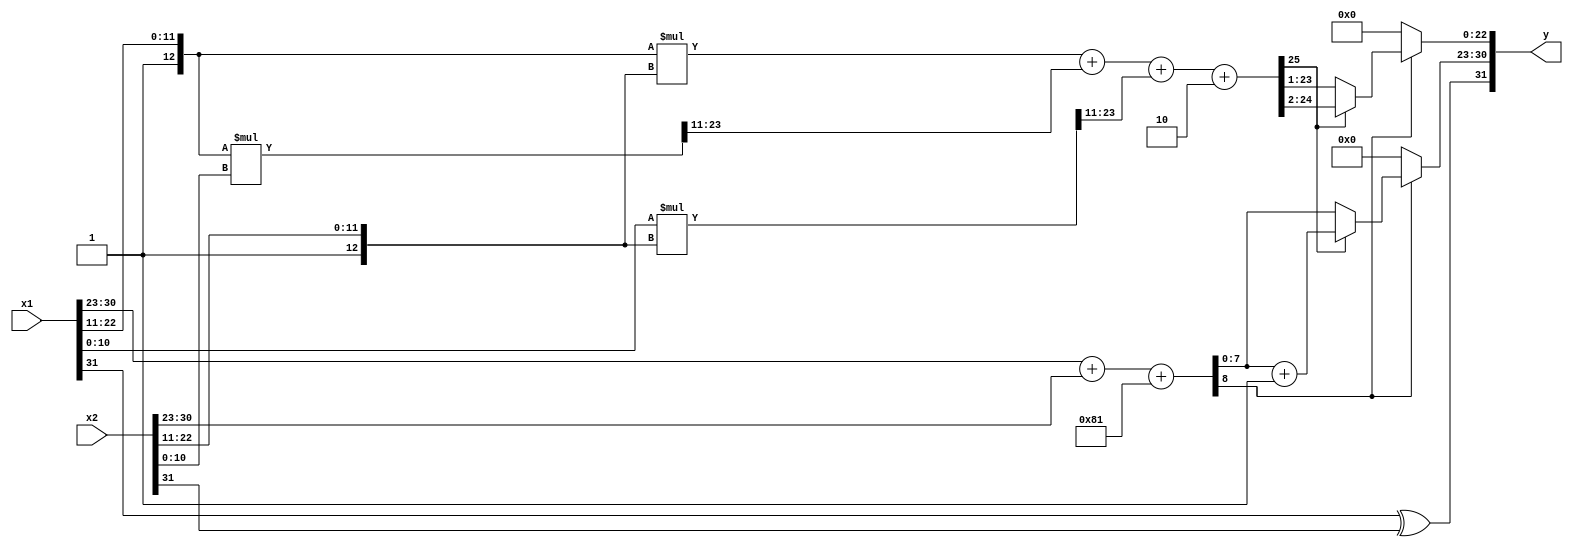
`default_nettype none
`timescale 10ps / 1ps

module fmul (
    input wire [31:0] x1, 
    input wire [31:0] x2,
    output wire [31:0] y);

    // Wires and Registers
    // Stage 1
    // Stage 1-0 (step 1) : Mantissa 23 bit -> High bit (12 bit) + Low bit (11 bit)
    wire s1;
    wire [7:0] e1;
    wire [22:0] m1;
    wire [11:0] stingy_h1;
    wire [10:0] l1;
    wire s2;
    wire [7:0] e2;
    wire [22:0] m2;
    wire [11:0] stingy_h2;
    wire [10:0] l2;
    // Stage 1-1 (step 2) : Calculate HH, HL, LH
    wire [12:0] h1;
    wire [12:0] h2;
    wire [25:0] hh;
    wire [25:0] hl;
    wire [25:0] lh;
    // Stage 1-2 (step 5) : Calculate exp1+exp2+129
    wire [8:0] e3;
    // Stage 1-3 (step 5) : XOR sign bits
    wire s3;

    // Stage 2
    // Stage 2-1 (step 3) : Calculate HH + (HL >> 11) + (LH >> 11) + 2
    wire [25:0] m3;
    // Stage 2-2 : Calculate exponent + 1
    wire [8:0] e4;
    // Stage 3
    // Stage 3-1 : check underflow bit and MSB to select exponent
    wire [7:0] e5;
    // Stage 3-2 (step 4) : normalize mantissa
    wire [22:0] m4;

    // Implementation
    // Stage 1
    // Stage 1-0 (step 1) : Mantissa 23 bit -> High bit (12 bit) + Low bit (11 bit)
    assign s1 = x1[31];
    assign e1 = x1[30:23];
    assign m1 = x1[22:0];
    assign stingy_h1 = x1[22:11];
    assign l1 = x1[10:0];
    assign s2 = x2[31];
    assign e2 = x2[30:23];
    assign m2 = x2[22:0];
    assign stingy_h2 = x2[22:11];
    assign l2 = x2[10:0];
    // Stage 1-1 (step 2) : Calculate HH, HL, LH
    assign h1 = {1'b1,stingy_h1};
    assign h2 = {1'b1,stingy_h2};
    assign hh = h1*h2;
    assign hl = h1*l2;
    assign lh = l1*h2;
    // Stage 1-2 (step 5) : Calculate exp1+exp2+129
    assign e3 = e1+e2+129;
    // Stage 1-3 (step 5) : XOR sign bits
    assign s3 = s1^s2;

    // Stage 2
    // Stage 2-1 (step 3) : Calculate HH + (HL >> 11) + (LH >> 11) + 2
    assign m3 = hh + (hl>>11) + (lh>>11) + 26'd2;
    // Stage 2-2 : Calculate exponent + 1
    assign e4 = e3+1;

    // Stage 3
    // Stage 3-1 : check underflow bit and MSB to select exponent
    assign e5 = (e3[8] == 0) ? 8'b0 : (m3[25] == 1) ? e4[7:0] : e3[7:0];
    // Stage 3-2 (step 4) : normalize mantissa
    assign m4 = (e3[8] == 0) ? 23'b0 :(m3[25] == 1) ? m3[24:2] : m3[23:1];
    // Stage 3-3 : return value
    assign y = {s3, e5, m4};
    // assign ovf = 1'b0;


endmodule